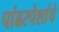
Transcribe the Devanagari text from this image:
पांढरपेशांचे